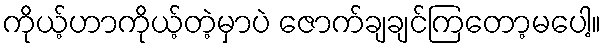
ကိုယ့်ဟာကိုယ့်တဲ့မှာပဲ ဇောက်ချချင်ကြတော့မပေါ့။